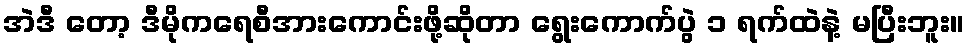
အဲဒီ တော့ ဒီမိုကရေစီအားကောင်းဖို့ဆိုတာ ရွေးကောက်ပွဲ ၁ ရက်ထဲနဲ့ မပြီးဘူး။